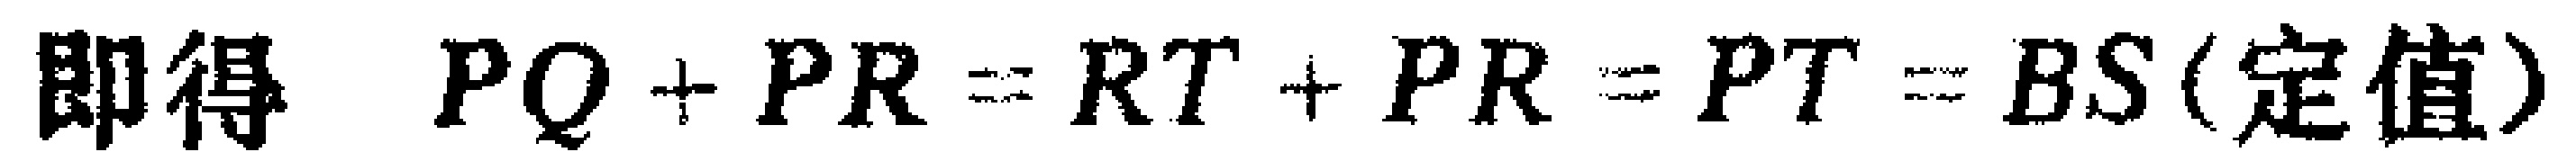
即得 \(PQ + PR = RT + PR = PT = BS(\text{定值})\)